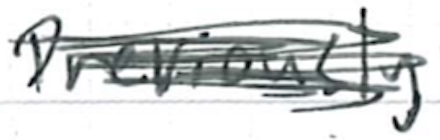
Text: previously
Cross-out: scratch
Writing tool: ballpoint